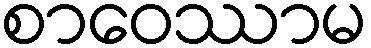
စာဝေဿာမ